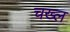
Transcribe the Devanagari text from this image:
चख्ल